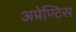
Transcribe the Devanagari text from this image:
अप्रेण्टिस